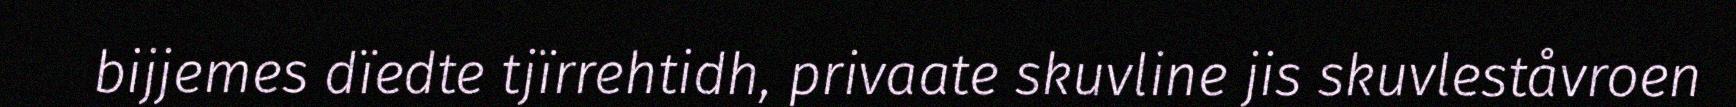
bijjemes dïedte tjïrrehtidh, privaate skuvline jis skuvleståvroen